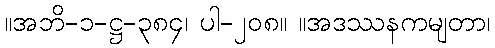
။အဘိ-၁-ဋ္ဌ-၃၈၄၊ ပါ-၂၀၈။ ။အဒဿနကမျတာ၊